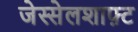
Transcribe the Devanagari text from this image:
जेस्सेलशाफ़्ट